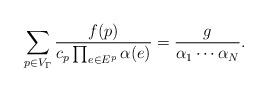
LaTeX: \begin{align*}\sum_{p\in V_\Gamma}\frac{f(p)}{c_p\prod_{e\in E^p}\alpha(e)}=\frac{g}{\alpha_1\cdots\alpha_N}.\end{align*}